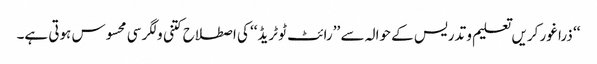
‘‘ ذرا غور کریں تعلیم و تدریس کے حوالہ سے ’’رائٹ ٹو ٹریڈ‘‘ کی اصطلاح کتنی ولگر سی محسوس ہوتی ہے۔